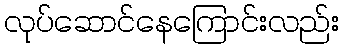
လုပ်ဆောင်နေကြောင်းလည်း